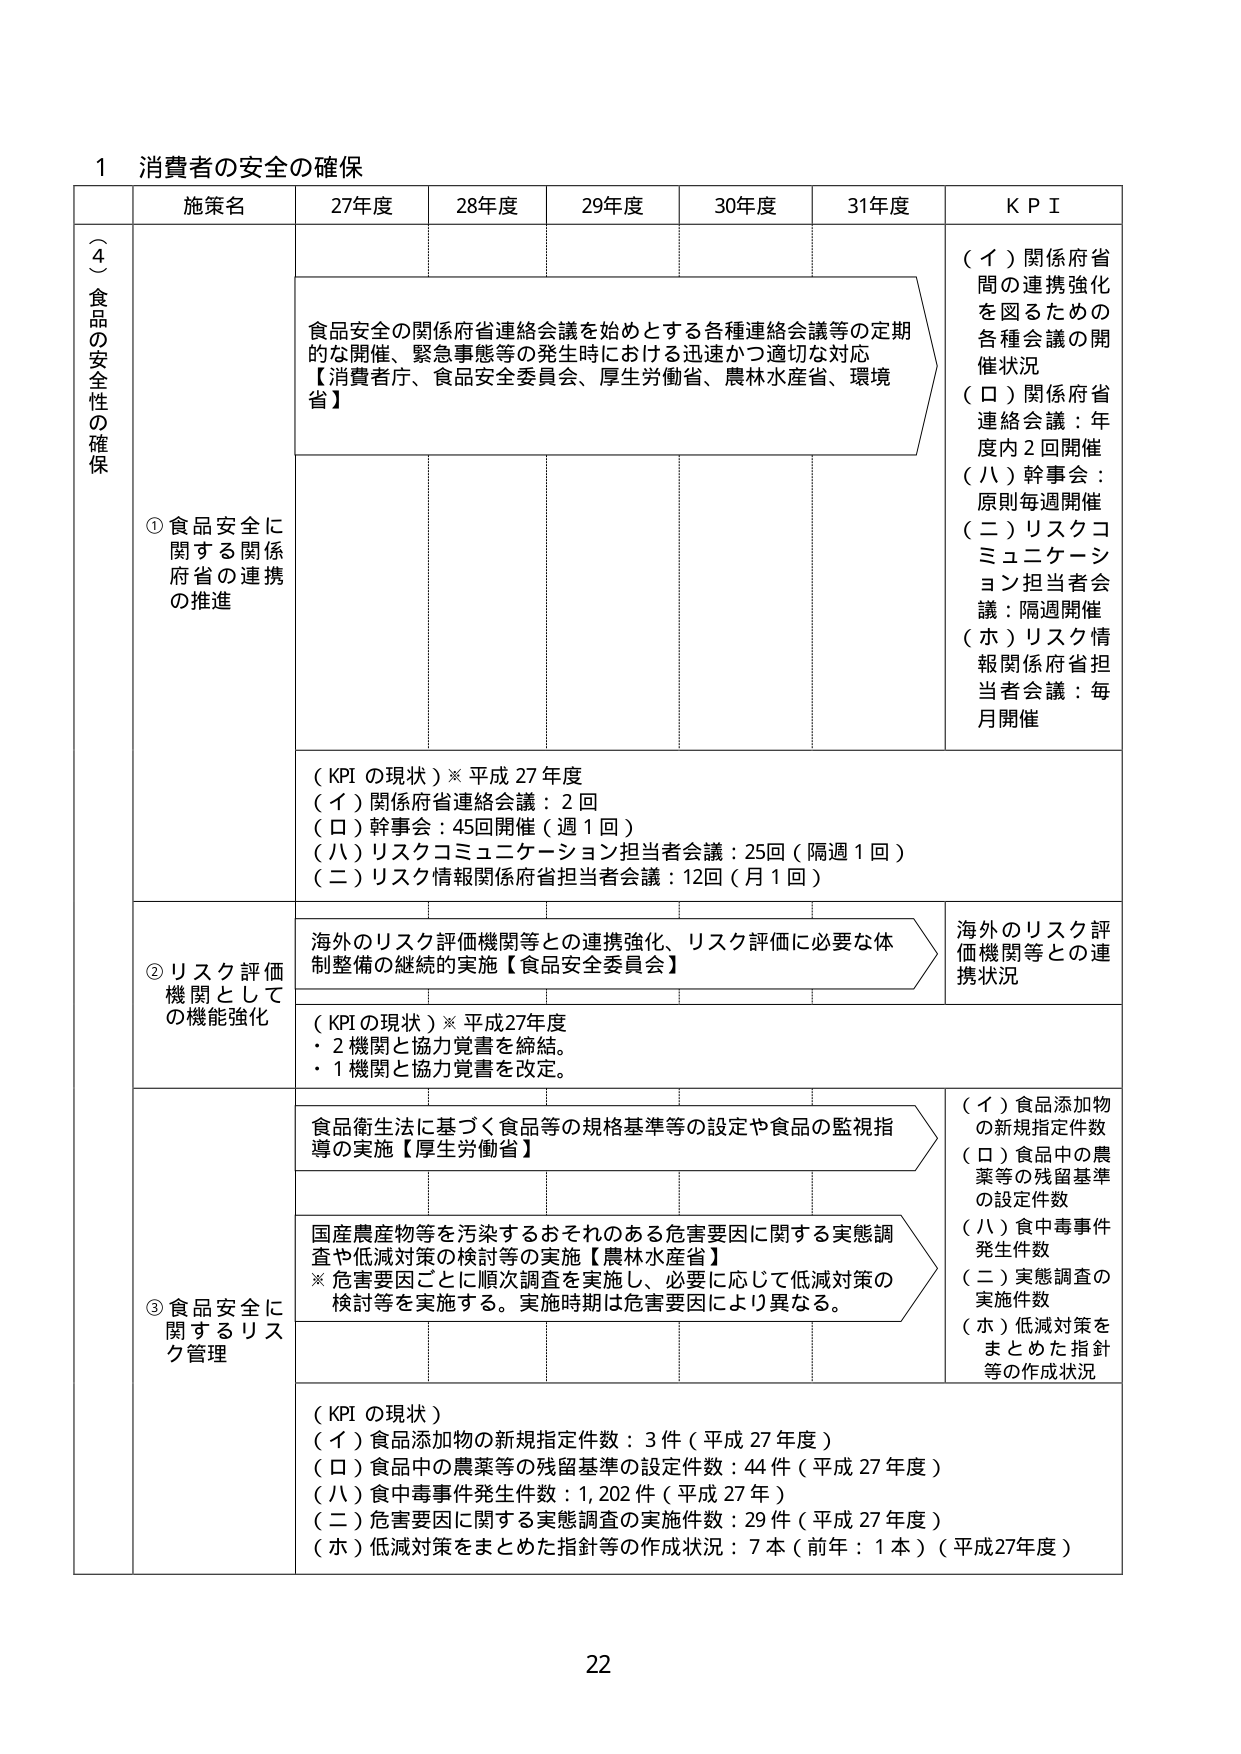
1 消費者の安全の確保

（４）食品の安全性の確保

施策名 27年度 28年度 29年度 30年度 31年度 KPI

① 食品安全に関する関係府省の連携の推進

食品安全の関係府省連絡会議を始めとする各種連絡会議等の定期的な開催、緊急事態等の発生時における迅速かつ適切な対応
【消費者庁、食品安全委員会、厚生労働省、農林水産省、環境省】

（イ）関係府省間の連携強化を図るための各種会議の開催状況
（ロ）関係府省連絡会議：年度内2回開催
（ハ）幹事会：原則毎週開催
（ニ）リスクコミュニケーション担当者会議：隔週開催
（ホ）リスク情報関係府省担当者会議：毎月開催

（KPIの現状）※平成27年度
（イ）関係府省連絡会議：2回
（ロ）幹事会：45回開催（週1回）
（ハ）リスクコミュニケーション担当者会議：25回（隔週1回）
（ニ）リスク情報関係府省担当者会議：12回（月1回）

② リスク評価機関としての機能強化

海外のリスク評価機関等との連携強化、リスク評価に必要な体制整備の継続的実施【食品安全委員会】

海外のリスク評価機関等との連携状況

（KPIの現状）※平成27年度
・2機関と協力覚書を締結。
・1機関と協力覚書を改定。

③ 食品安全に関するリスク管理

食品衛生法に基づく食品等の規格基準等の設定や食品の監視指導の実施【厚生労働省】

（イ）食品添加物の新規指定件数
（ロ）食品中の農薬等の残留基準の設定件数
（ハ）食中毒事件発生件数
（ニ）実態調査の実施件数
（ホ）低減対策をまとめた指針等の作成状況

国産農産物等を汚染するおそれのある危害要因に関する実態調査や低減対策の検討等の実施【農林水産省】
※ 危害要因ごとに順次調査を実施し、必要に応じて低減対策の検討等を実施する。実施時期は危害要因により異なる。

（KPIの現状）
（イ）食品添加物の新規指定件数：3件（平成27年度）
（ロ）食品中の農薬等の残留基準の設定件数：44件（平成27年度）
（ハ）食中毒事件発生件数：1,202件（平成27年）
（ニ）危害要因に関する実態調査の実施件数：29件（平成27年度）
（ホ）低減対策をまとめた指針等の作成状況：7本（前年：1本）（平成27年度）

22